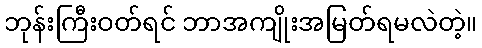
ဘုန်းကြီးဝတ်ရင် ဘာအကျိုးအမြတ်ရမလဲတဲ့။